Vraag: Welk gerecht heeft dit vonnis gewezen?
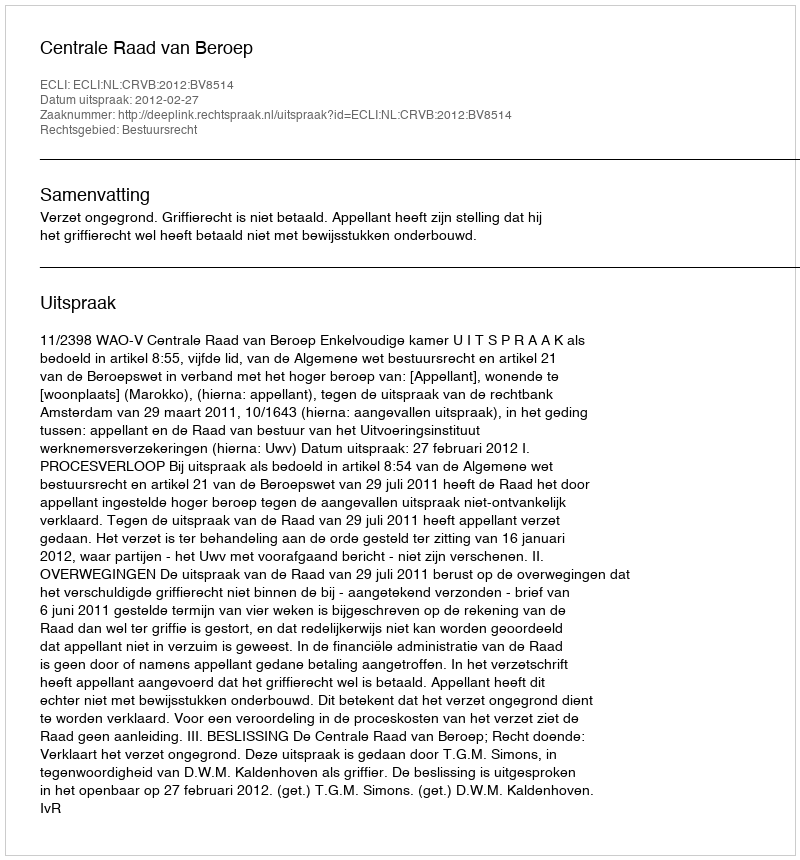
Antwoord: Centrale Raad van Beroep